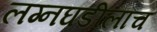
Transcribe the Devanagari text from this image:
लग्नघडीलाच